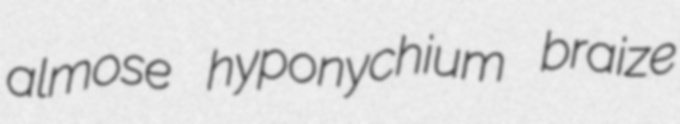
almose hyponychium braize